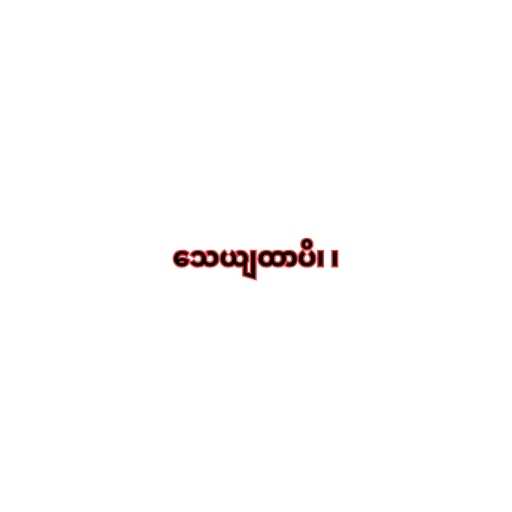
သေယျထာပိ၊ ၊